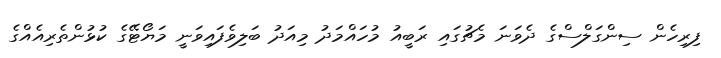
ފިރިހެން ސިންގަލްސްގެ ދެވަނަ މެޗުގައި ރަބީއު މުހައްމަދު މިއަދު ބަލިވެފައިވަނީ މަޔޯޓޭގެ ކުޅުންތެރިއެއްގެ